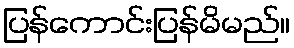
ပြန်ကောင်းပြန်မိမည်။